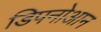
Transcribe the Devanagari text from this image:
डिपनोआन